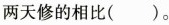
两天修的相比( )。